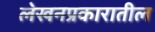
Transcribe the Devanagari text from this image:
लेखनप्रकारातील